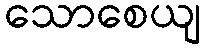
သောစေယျ